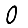
Digit: 0